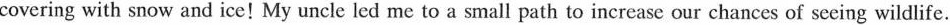
covering with snow and ice!My uncle led me to a small path to increase our chances of seeing wildlife.